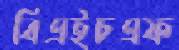
বিএইচএফ